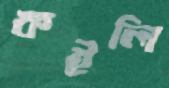
কইলি